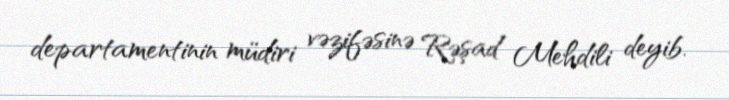
departamentinin müdiri vəzifəsinə Rəşad Mehdili deyib.